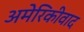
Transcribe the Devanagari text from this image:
अमेरिकीवाद